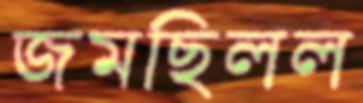
জমছিলল